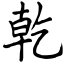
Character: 乾